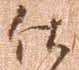
仕